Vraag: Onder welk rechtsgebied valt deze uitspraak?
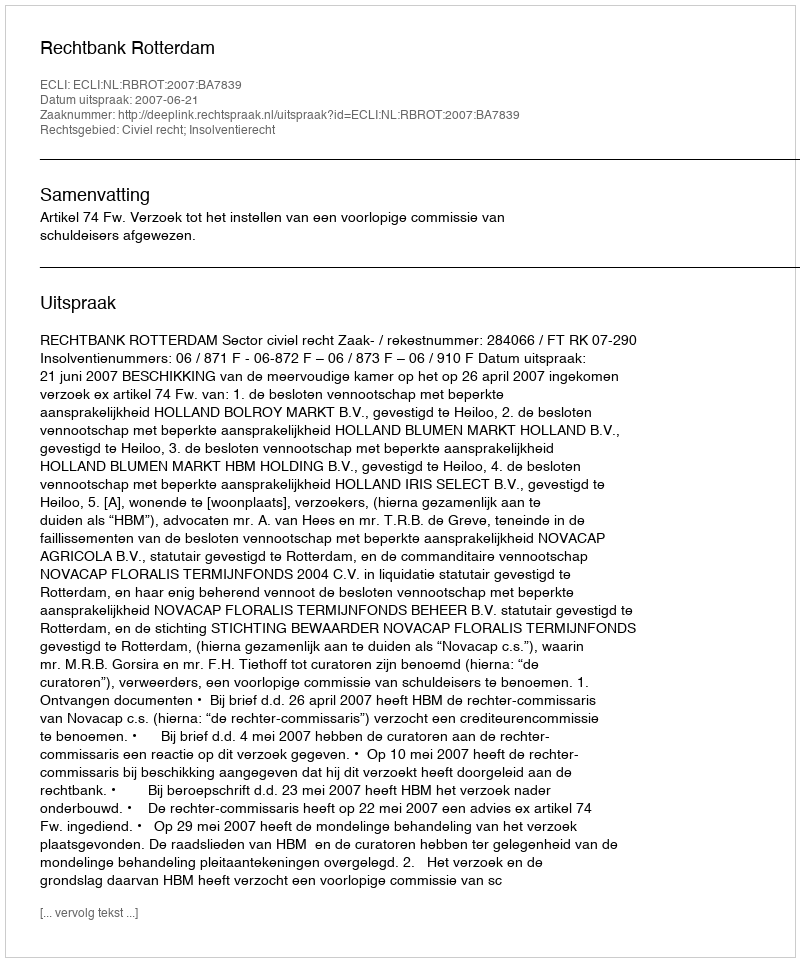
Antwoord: Civiel recht; Insolventierecht